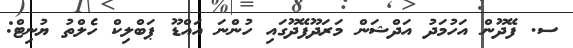
ސ. ފޭދޫން އަހުމަދު އަދްޝަން މަރަދޫފޭދޫގައި ހުންނަ އައްޑޫ ޕަބްލިކް ހެލްތު ޔުނިޓް: